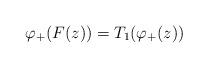
LaTeX: \begin{align*}\varphi_{+}(F(z))=T_1(\varphi_{+}(z))\end{align*}